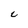
Character: c